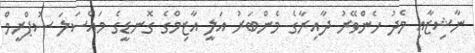
ނާޝިޒާއި މެދު ހެންވޭރު ދާއިރާގެ މެންބަރު އަލީ އާޒިމްގެ ގޮނޑީގެ މައްސަލަ ސުޕްރީމް